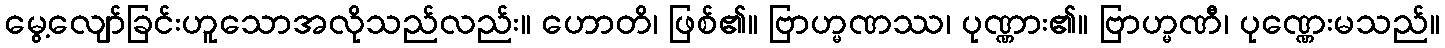
မွေ့လျော်ခြင်းဟူသောအလိုသည်လည်း။ ဟောတိ၊ ဖြစ်၏။ ဗြာဟ္မဏဿ၊ ပုဏ္ဏား၏။ ဗြာဟ္မဏီ၊ ပုဏ္ဏေးမသည်။